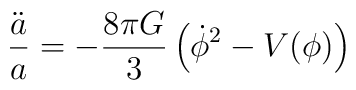
\frac{\ddot{a}}{a}  =  - \frac{8 \pi G}{3} \left(\dot{\phi}^2 -V(\phi) \right)